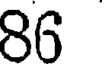
86